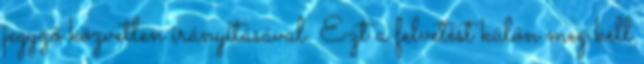
jegyző közvetlen irányításával. Ezt a felvetést külön meg kell